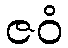
ဇဝံ